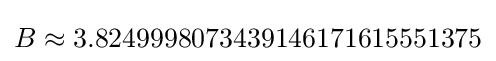
B\approx 3.8249998073439146171615551375